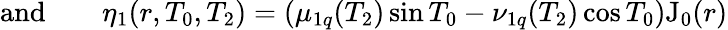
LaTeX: \begin{array}{rlr}{\textrm{and}}&{{}}&{\eta_{1}(r,T_{0},T_{2})=\left(\mu_{1q}(T_{2})\sin T_{0}-\nu_{1q}(T_{2})\cos T_{0}\right)\mathrm{J_{0}}(r)}\end{array}